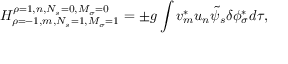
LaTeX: H _ { \rho = - 1 , m , N _ { s } = 1 , M _ { \sigma } = 1 } ^ { \rho = 1 , n , N _ { s } = 0 , M _ { \sigma } = 0 } = \pm g \int v _ { m } ^ { * } u _ { n } { \tilde { \psi } } _ { s } \delta \phi _ { \sigma } ^ { * } d \tau ,